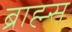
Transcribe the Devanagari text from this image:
ब्राह्म्स